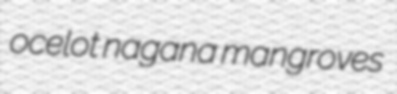
ocelot nagana mangroves